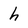
Character: h